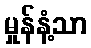
မှုန်နံ့သာ